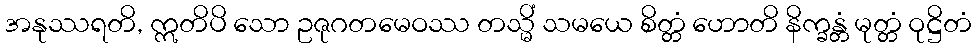
အနုဿရတိ, ဣတိပိ သော ဥဇုဂတမေဝဿ တသ္မိံ သမယေ စိတ္တံ ဟောတိ နိက္ခန္တံ မုတ္တံ ဝုဋ္ဌိတံ